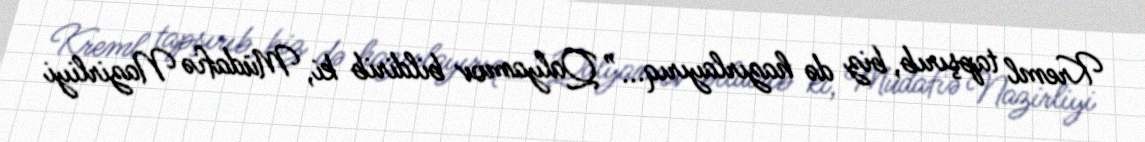
Kreml tapşırıb, biz də hazırlayırıq...” Qalyamov bildirib ki, Müdafiə Nazirliyi